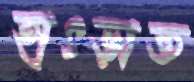
হাৎড়াত